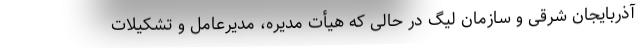
آذربایجان شرقی و سازمان لیگ در حالی که هیأت مدیره، مدیرعامل و تشکیلات